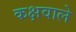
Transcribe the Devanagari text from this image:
कक्षवाले